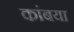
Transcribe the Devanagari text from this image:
कांबया